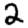
Digit: 2